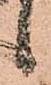
候